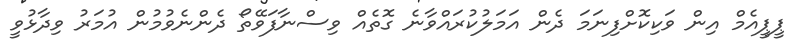
ޕީޕީއެމް އިން ވަކިކޮށްފިނަމަ ދެން އަމަލުކުރައްވާނެ ގޮތެއް ވިސްނާފަވޭތޯ ދެންނެވުމުން އުމަރު ވިދާޅުވީ